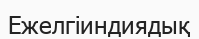
Ежелгіиндиядық